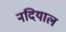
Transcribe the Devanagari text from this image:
नदियाल